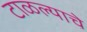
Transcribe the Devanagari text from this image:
टाळल्याचे